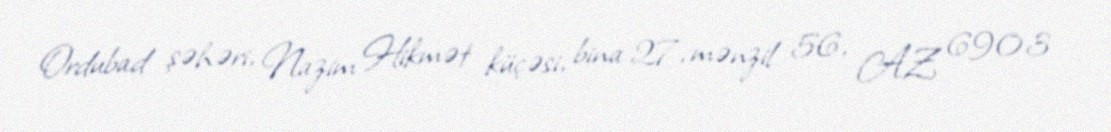
Ordubad şəhəri, Nazim Hikmət küçəsi, bina 27, mənzil 56, AZ 6903